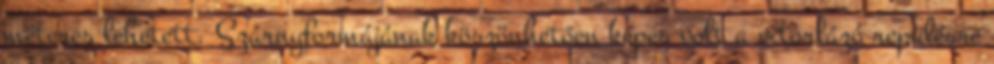
méteres lehetett. Szárnyformájának köszönhetően képes volt a vitorlázó repülésre